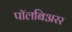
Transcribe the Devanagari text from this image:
पॉलबिअरर